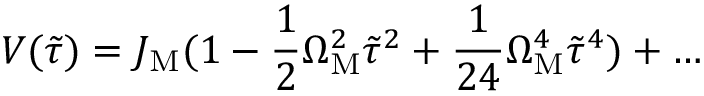
V ( \tilde { \tau } ) = J _ { \mathrm { M } } ( 1 - \frac { 1 } { 2 } \Omega _ { \mathrm { M } } ^ { 2 } \tilde { \tau } ^ { 2 } + \frac { 1 } { 2 4 } \Omega _ { \mathrm { M } } ^ { 4 } \tilde { \tau } ^ { 4 } ) + \dots